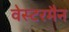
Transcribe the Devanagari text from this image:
वेस्टरमैन